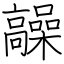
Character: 髞